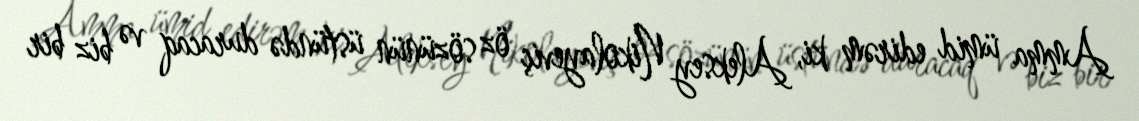
Amma ümid edirəm ki, Aleksey Nikolayeviç öz sözünün üstündə duracaq və biz bir